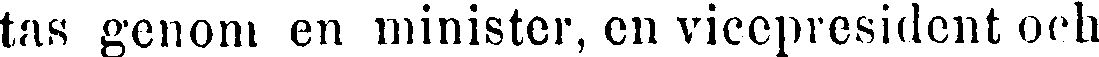
tas genom en minister, en vicepresident och